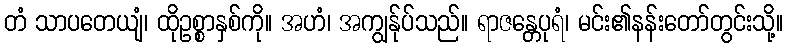
တံ သာပတေယျံ၊ ထိုဥစ္စာနှစ်ကို။ အဟံ၊ အကျွန်ုပ်သည်။ ရာဇန္တေပုရံ၊ မင်း၏နန်းတော်တွင်းသို့။